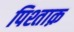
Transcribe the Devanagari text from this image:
पिश्ताक़